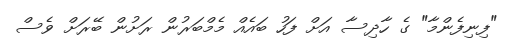
"ފިނިފެންމާ" ގެ ހާދިސާ އަށް ފަހު ބައެއް މެމްބަރުން ރަށުން ބޭރަށް ވެސް